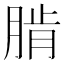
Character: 𦜨